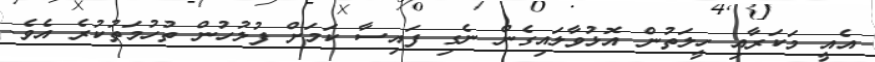
އެއީ މަކަރާއި ހީލަތުން އޮޅުވާލައިގެން ނެގި ފައިސާ ކަމަށް ފުލުހުން ތުހުމަތުކުރެ އެވެ.